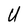
Character: U